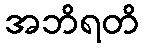
အဘိရတိ